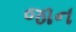
જાન